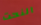
النحت